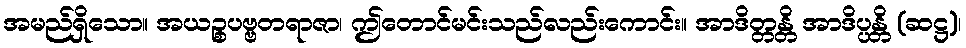
အမည်ရှိသော။ အယဉ္စပဗ္ဗတရာဇာ၊ ဤတောင်မင်းသည်လည်းကောင်း။ အာဒိတ္တန္တိ အာဒိပ္ပန္တိ (ဆဋ္ဌ)၊